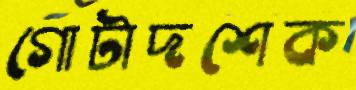
গোটাদশেক